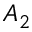
A _ { 2 }